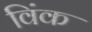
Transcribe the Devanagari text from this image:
विंक